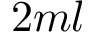
2 m l